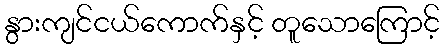
နွားကျင်ငယ်ကောက်နှင့် တူသောကြောင့်